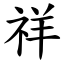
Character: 祥